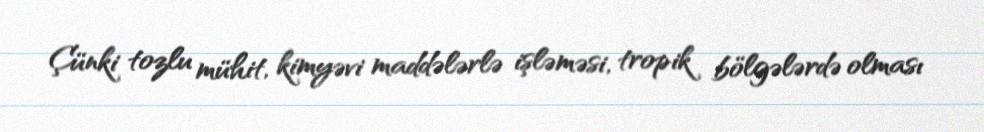
Çünki tozlu mühit, kimyəvi maddələrlə işləməsi, tropik bölgələrdə olması